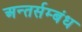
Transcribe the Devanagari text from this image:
अन्तर्सम्बंध